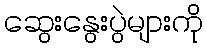
ဆွေးနွေးပွဲများကို